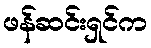
ဖန်ဆင်းရှင်က